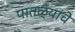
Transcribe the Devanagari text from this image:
पातळ्यांचे